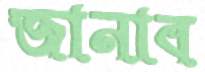
জানাব